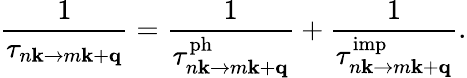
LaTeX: \displaystyle\frac{1}{\tau_{n\mathbf{k}\to m\mathbf{k}+\mathbf{q}}}=\frac{1}{\tau_{n\mathbf{k}\to m\mathbf{k}+\mathbf{q}}^{\mathrm{ph}}}+\frac{1}{\tau_{n\mathbf{k}\to m\mathbf{k}+\mathbf{q}}^{\mathrm{imp}}}.